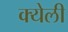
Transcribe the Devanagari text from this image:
क्येली